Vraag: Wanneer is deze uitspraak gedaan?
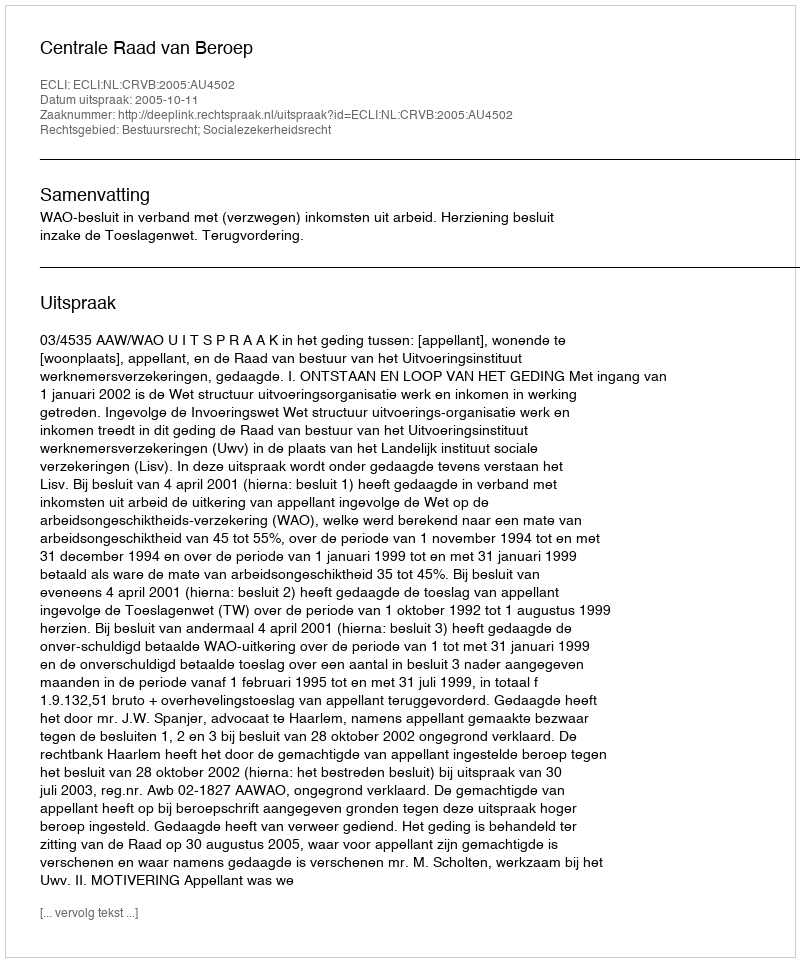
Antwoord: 2005-10-11